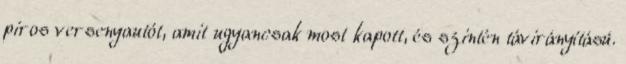
piros versenyautót, amit ugyancsak most kapott, és szintén távirányítású.